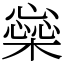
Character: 橤